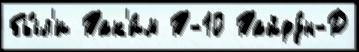
бы́л'и Так'и́м Т-10 Тайфу́н-Д